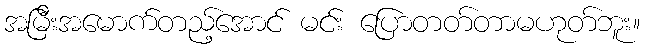
အမြီးအမောက်တည့်အောင် မင်း ပြောတတ်တာမဟုတ်ဘူး။